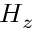
H _ { z }